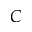
C